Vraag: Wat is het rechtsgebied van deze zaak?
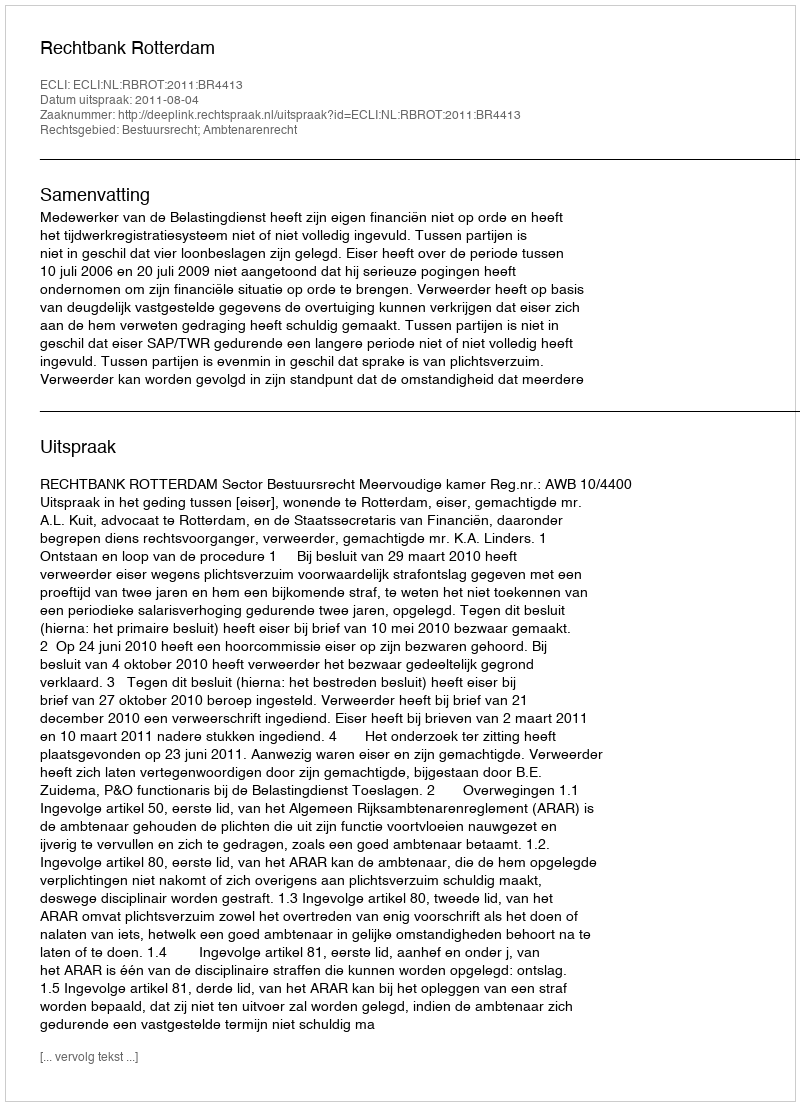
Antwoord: Bestuursrecht; Ambtenarenrecht